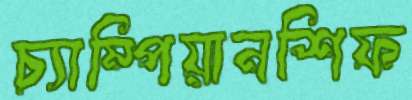
চ্যাম্পিয়ানশিফ